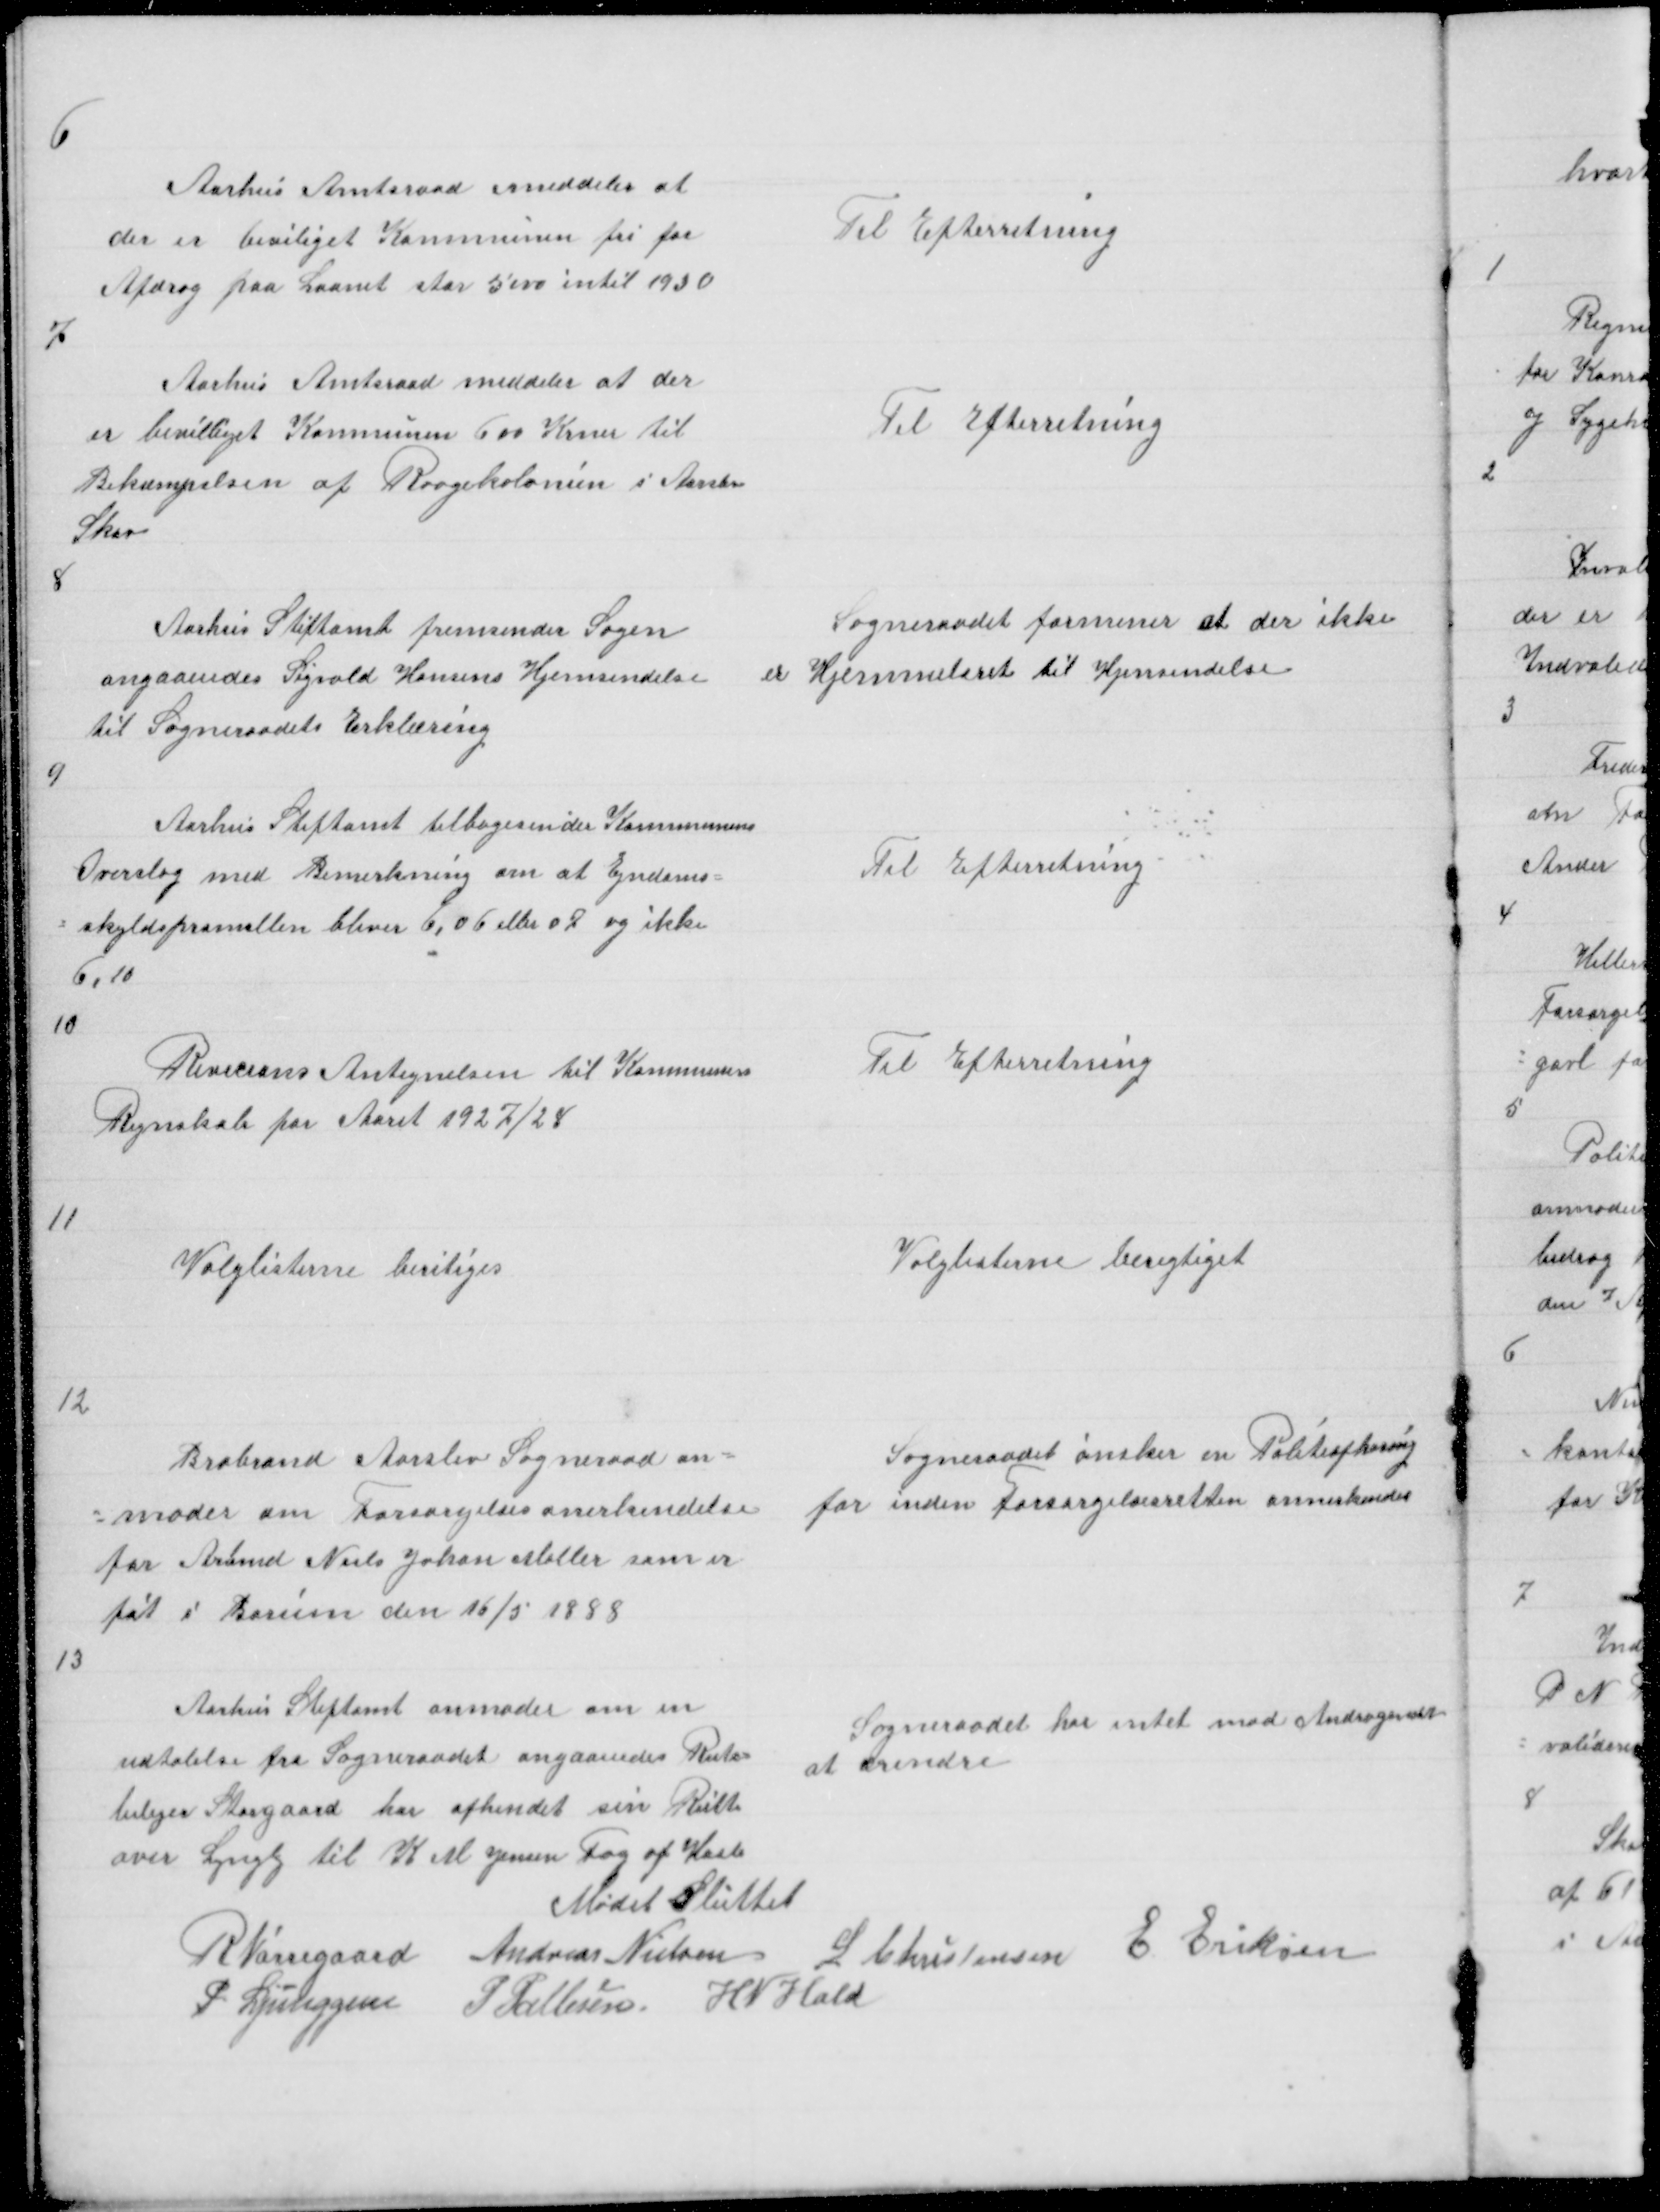
Transskription:
6

Aarhus Amtsraad meddeler at
der er beviliget Kommunen fri for
Afdrag paa Laanet stor 5000 intil 1930

Til Efterretning

7

Aarhus Amtsraad meddeler at der
er bevilliget Kommunen 600 Krner til
Bekæmpelsen af Raagekolonien i Aarslev
Skov

Til Efterretning

8

Aarhus Stiftamt fremsender Sagen
angaaendes Sigvald Hansens Hjemsendelse
til Sogneraadets Erklæring

Sogneraadet formener at der ikke
er Hjemmelret til Hjemsendelse

9

Aarhus Stiftamt tilbagesender Kommunens
Overslag med Bemerkning om at Ejndoms =
= skyldspromillen bliver 6,06 eller 07 og ikke
6,10

Til Efterretning

10

Revicions Antegnelsen til Kommunens
Regnskab for Aaret 1927/28

Til Efterretning

11

Valglisterne beritiges

Valglisterne berigtiget

12

Brabrand Aarslev Sogneraad an =
= moder om Forsørgelsesanerkendelse
for Arbmd Niels Johan Møller som er
føt i Borum den 16/5 1888

Sogneraadet ønsker en Politiafhøring
for inden Forsørgelsesretten annerkendes

13

Aarhus Stiftamt anmoder om en
Sogneraadet har intet mod Andragendet
udtalelse fra Sogneraadet angaaendes Rute
at erindre
bilejer Storgaard har afhendet sin Rutte
over Lyngby til K M Jensen Fog af Hasle
Mødet Sluttet
R Nørregaard Andreas Nielsen L Christensen E Eriksen
P Ljunggren P Pallesen E Eriksen